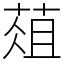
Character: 葅